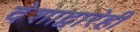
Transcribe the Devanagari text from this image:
देशाद्वारेही